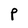
Character: P